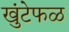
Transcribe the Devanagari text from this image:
खुंटेफळ